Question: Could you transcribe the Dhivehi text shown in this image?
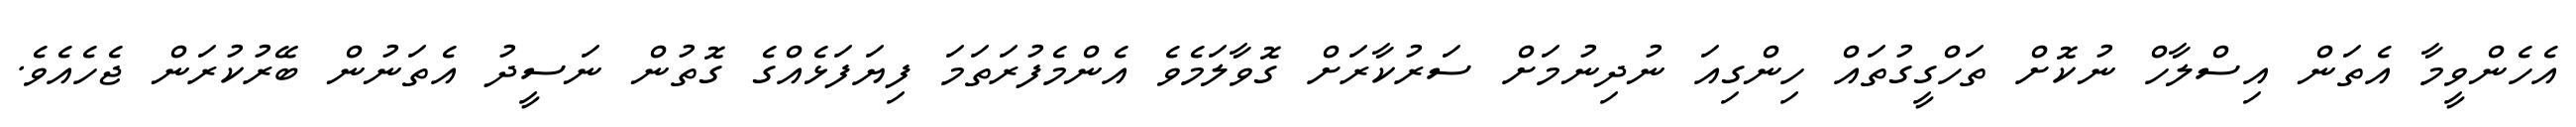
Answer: އެހެންވީމާ އެތަން އިސްލާހް ނުކޮށް ތަހްގީގުތައް ހިންގިއަ ނުދިނުމަށް ސަރުކާރަށް ގޮވާލަމެވެ އެންމެފުރަތަމަ ފިޔަފަޅެއްގެ ގޮތުން ނަސީދު އެތަނުން ބޭރުކުރަން ޖެހެއެވެ.